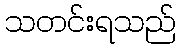
သတင်းရသည်